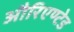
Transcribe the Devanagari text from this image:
औरिएण्टेड